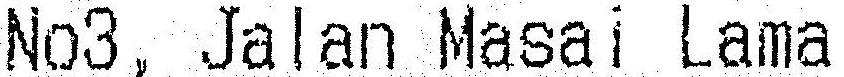
NO3, JALAN MASAI LAMA